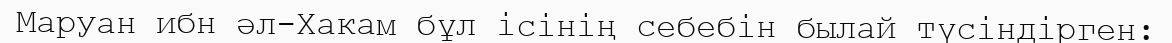
Маруан ибн әл-Хакам бұл ісінің себебін былай түсіндірген: